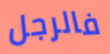
فالرجل